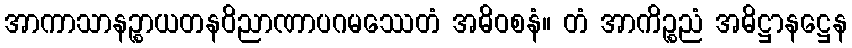
အာကာသာနဉ္စာယတနဝိညာဏာပဂမဿေတံ အဓိဝစနံ။ တံ အာကိဉ္စညံ အဓိဋ္ဌာနဋ္ဌေန